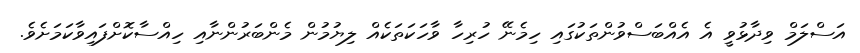
އަސްލަމް ވިދާޅުވީ އެ އެއްބަސްވުންތަކުގައި ހިމެނޭ ހުރިހާ ވާހަކަތަކެއް ލިޔުމުން މެންބަރުންނާއި ހިއްސާކޮށްފައިވާކަމަށެވެ.